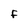
Character: F